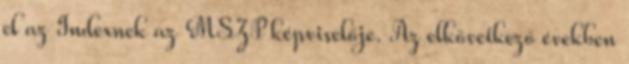
el az Indexnek az MSZP képviselője. Az elkövetkező években